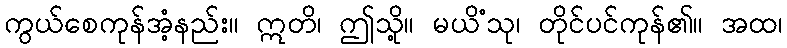
ကွယ်စေကုန်အံ့နည်း။ ဣတိ၊ ဤသို့။ မယိံသု၊ တိုင်ပင်ကုန်၏။ အထ၊